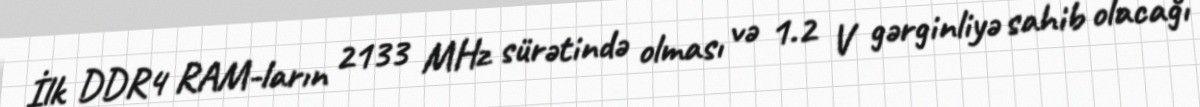
İlk DDR4 RAM-ların 2133 MHz sürətində olması və 1.2 V gərginliyə sahib olacağı